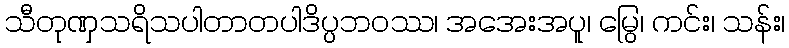
သီတုဏှသရိသပါတာတပါဒိပ္ပဘဝဿ၊ အအေးအပူ၊ မြွေ၊ ကင်း၊ သန်း၊